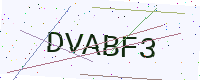
Text: DVABF3